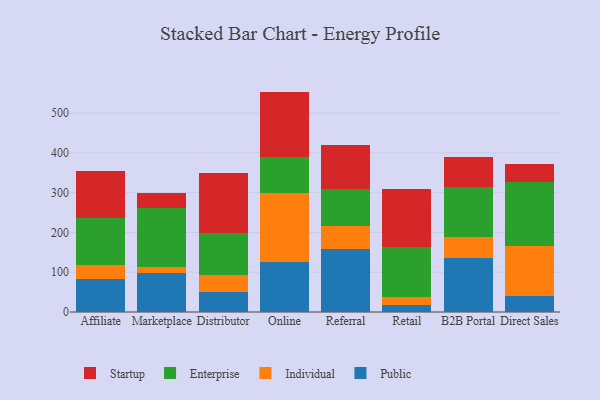
{"axis": {"x": "Channel", "y": "Website Visitors"}, "legend": ["Enterprise", "Individual", "Public", "Startup"], "data": [{"x": "Affiliate", "y": 83.5, "type": "Public"}, {"x": "Affiliate", "y": 35.6, "type": "Individual"}, {"x": "Affiliate", "y": 117.2, "type": "Enterprise"}, {"x": "Affiliate", "y": 119.0, "type": "Startup"}, {"x": "Marketplace", "y": 98.4, "type": "Public"}, {"x": "Marketplace", "y": 15.2, "type": "Individual"}, {"x": "Marketplace", "y": 148.3, "type": "Enterprise"}, {"x": "Marketplace", "y": 38.4, "type": "Startup"}, {"x": "Distributor", "y": 49.7, "type": "Public"}, {"x": "Distributor", "y": 43.0, "type": "Individual"}, {"x": "Distributor", "y": 104.7, "type": "Enterprise"}, {"x": "Distributor", "y": 153.0, "type": "Startup"}, {"x": "Online", "y": 125.5, "type": "Public"}, {"x": "Online", "y": 173.1, "type": "Individual"}, {"x": "Online", "y": 91.5, "type": "Enterprise"}, {"x": "Online", "y": 163.9, "type": "Startup"}, {"x": "Referral", "y": 159.5, "type": "Public"}, {"x": "Referral", "y": 56.4, "type": "Individual"}, {"x": "Referral", "y": 94.0, "type": "Enterprise"}, {"x": "Referral", "y": 110.1, "type": "Startup"}, {"x": "Retail", "y": 16.6, "type": "Public"}, {"x": "Retail", "y": 21.6, "type": "Individual"}, {"x": "Retail", "y": 126.0, "type": "Enterprise"}, {"x": "Retail", "y": 144.2, "type": "Startup"}, {"x": "B2B Portal", "y": 135.3, "type": "Public"}, {"x": "B2B Portal", "y": 54.0, "type": "Individual"}, {"x": "B2B Portal", "y": 124.1, "type": "Enterprise"}, {"x": "B2B Portal", "y": 77.1, "type": "Startup"}, {"x": "Direct Sales", "y": 40.3, "type": "Public"}, {"x": "Direct Sales", "y": 124.7, "type": "Individual"}, {"x": "Direct Sales", "y": 162.7, "type": "Enterprise"}, {"x": "Direct Sales", "y": 43.3, "type": "Startup"}]}